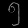
Digit: ၅